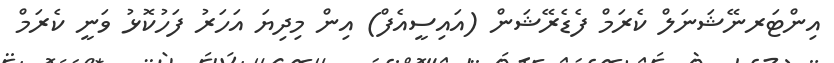
އިންޓަރނޭޝަނަލް ކެރަމް ފެޑެރޭޝަން (އައިސީއެފް) އިން މިދިޔަ އަހަރު ފަހުކޮޅު ވަނީ ކެރަމް